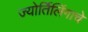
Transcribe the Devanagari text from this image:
ज्‍योर्तिलिंगाचे